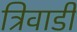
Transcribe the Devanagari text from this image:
त्रिवाडी